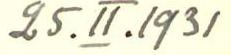
25.II.1931